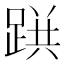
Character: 𨂚